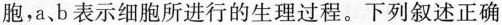
胞，a、b表示细胞所进行的生理过程。下列叙述正确